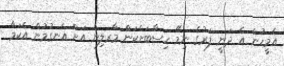
އެމީހުން އެ ދަނީ ފަރުގެ ނިމޭ ހިސާބަށްކަންް މާރލިން އަށް އެނގުމުން އެކަމާ